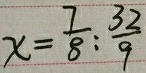
x = \frac { 7 } { 8 } : \frac { 3 2 } { 9 }